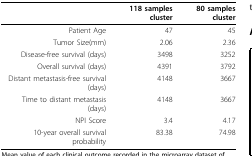
|  | 118 samples cluster | 80 samples cluster |
 | --- | --- | --- |
 | Patient Age | 47 | 45 |
 | Tumor Size(mm) | 2.06 | 2.36 |
 | Disease-free survival (days) | 3498 | 3252 |
 | Overall survival (days) | 4391 | 3792 |
 | Distant metastasis-free survival (days) | 4148 | 3667 |
 | Time to distant metastasis (days) | 4148 | 3667 |
 | NPI Score | 3.4 | 4.17 |
 | 10-year overall survival probability | 83.38 | 74.98 |